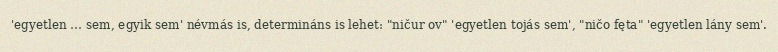
'egyetlen … sem, egyik sem' névmás is, determináns is lehet: "ničur ov" 'egyetlen tojás sem', "ničo fęta" 'egyetlen lány sem'.